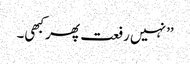
’’نہیں رفعت پھر کبھی۔